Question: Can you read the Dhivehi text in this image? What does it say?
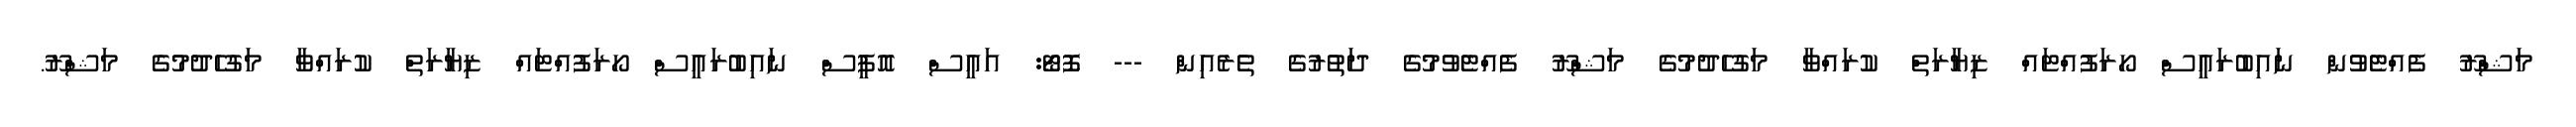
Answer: މަޝްރޫ ފެއްޓެވުން ނައިބުރައީސް ހޯރަފުއްޓައް ޒިޔާރަތް ކުރައްވާ މަގުހެދުމުގެ މަޝްރޫ ފެއްޓެވުމުގެ ދަތުރުގެ ތެރެއިން --- ފޮޓޯ: އައީސް އޮފީސް ނައިބުރައީސް ހޯރަފުއްޓައް ޒިޔާރަތް ކުރައްވާ މަގުހެދުމުގެ މަޝްރޫ.